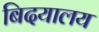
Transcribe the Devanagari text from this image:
बिदयालय